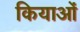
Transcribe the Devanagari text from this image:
कियाओं